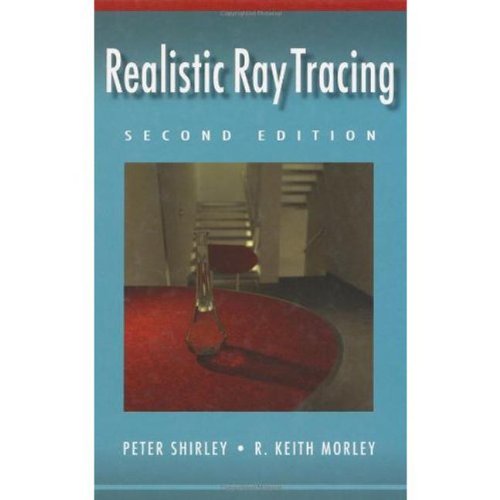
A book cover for Realistic Ray Tracing, Second Edition; Peter Shirley; Science & Math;